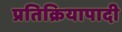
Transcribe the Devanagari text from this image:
प्रतिक्रियापादी